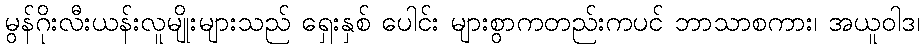
မွန်ဂိုးလီးယန်းလူမျိုးများသည် ရှေးနှစ် ပေါင်း များစွာကတည်းကပင် ဘာသာစကား၊ အယူဝါဒ၊